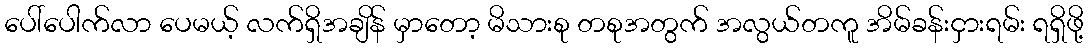
ပေါ်ပေါက်လာ ပေမယ့် လက်ရှိအချိန် မှာတော့ မိသားစု တစုအတွက် အလွယ်တကူ အိမ်ခန်းငှားရမ်း ရရှိဖို့